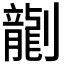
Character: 𫦞